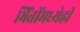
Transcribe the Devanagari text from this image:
भिंतींमध्येही